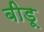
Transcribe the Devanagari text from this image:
बीडू